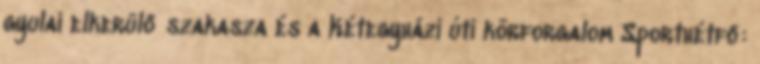
gyulai elkerülő szakasza és a Kétegyházi úti körforgalom Sporthétfő: